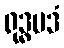
ရုဒ္ဓပဒံ